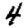
Digit: 4